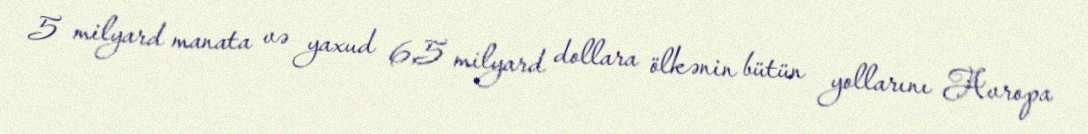
5 milyard manata və yaxud 6,5 milyard dollara ölkənin bütün yollarını Avropa